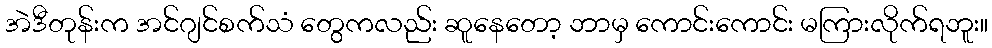
အဲဒီတုန်းက အင်ဂျင်စက်သံ တွေကလည်း ဆူနေတော့ ဘာမှ ကောင်းကောင်း မကြားလိုက်ရဘူး။